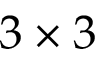
3 \times 3